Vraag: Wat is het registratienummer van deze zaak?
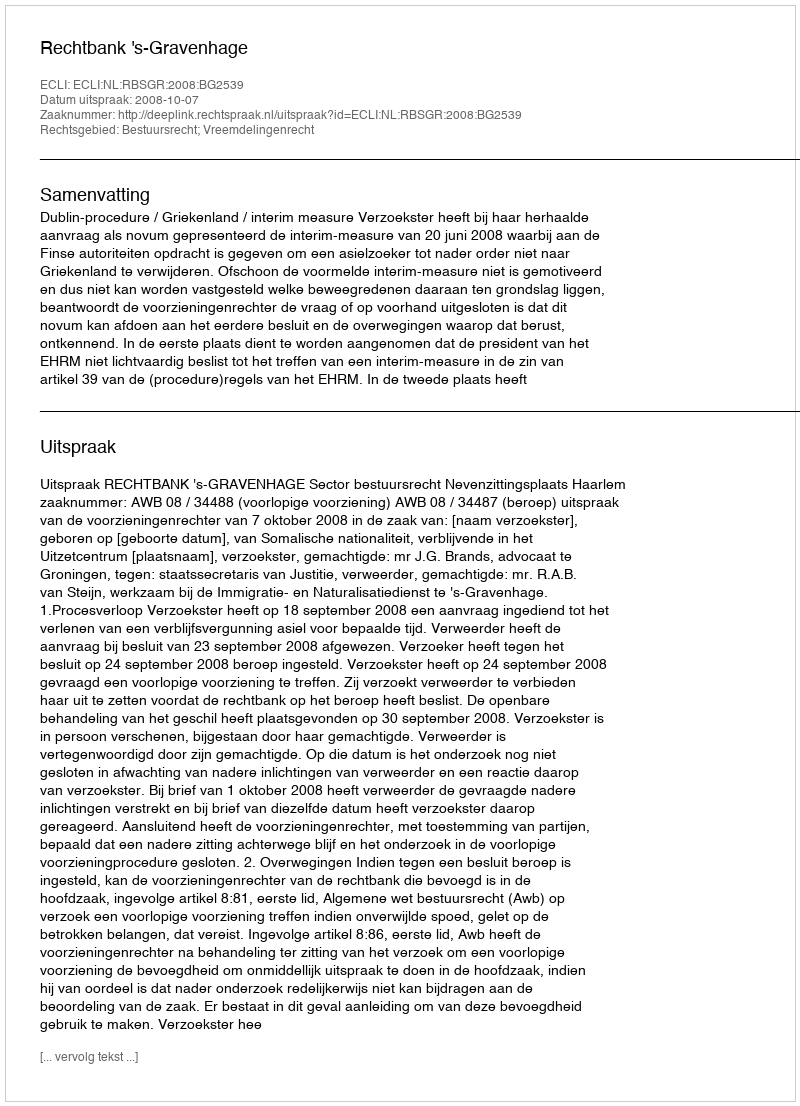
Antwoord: http://deeplink.rechtspraak.nl/uitspraak?id=ECLI:NL:RBSGR:2008:BG2539